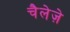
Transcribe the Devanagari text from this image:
चैलेज़े